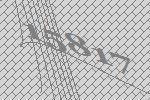
15817